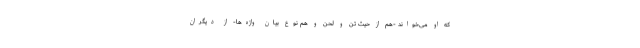
که او می‌خواند -هم از حیث تُن و لحن و هم نوع بیان واژه‌ها- از دیگران